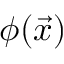
\phi ( \vec { x } )